Annual report of the Civil Veterinary Department, Bengal, and of the Bengal Veterinary College for the year 1904-1905 - 1904-1905
Year: 1904
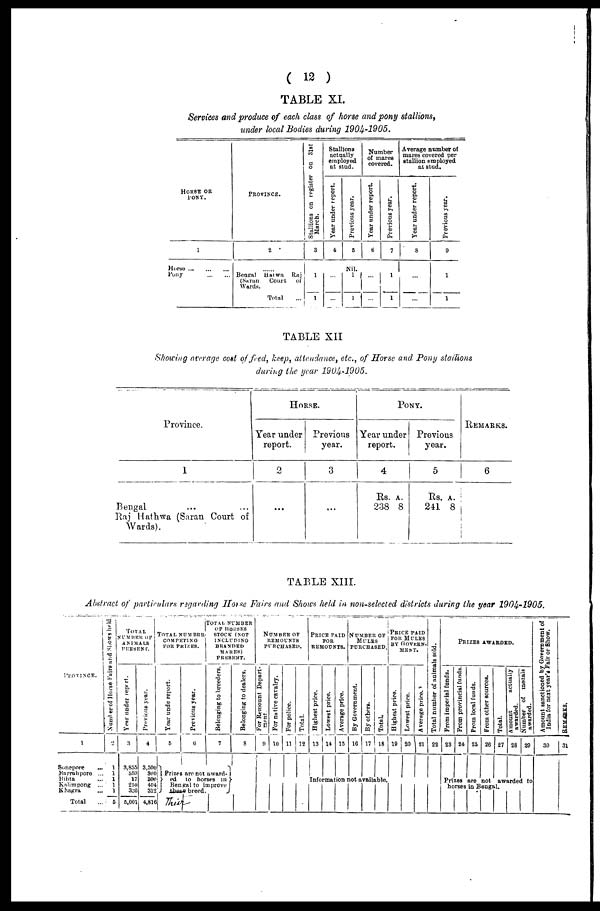
( 12 )
TABLE XI.
Services and produce of each class of horse and pony stallions,
under local Bodies during 1904-1905.
HORSE OR
PONY.
1
Horse
...
...
...
Pony
...
...
PROVINCE.
2
......
Bengal Hatwa
Raj
(Saran
Court
of
Wards.
Total
Stallions on register on 31st
March.
3
1
1
Stallions
actually
employed
at stud.
Year under report.
-
4
...
...
Previous year.
5
Nil.
1
1
Number
of mares
covered.
Year under report.
6
...
...
Previous year.
7
1
1
Average number of
mares covered per
stallion employed
at stud.
Year under report.
8
...
...
Previous year.
9
1
1
TABLE XII
Showing average cost of feed, keep, attendance, etc., of Horse and Pony stallions
during the year 1904-1905.
Province.
1
Bengal ... ...
Raj Hathwa (Saran Court of
Wards).
HORSE.
Year under
report.
2
...
Previous
year.
3
...
PONY.
Year under
report.
4
Rs. A.
238 8
Previous
year.
5
Rs. A.
241 8
REMARKS.
6
TABLE XIII.
Abstract of particulars regarding Horse Fairs and Shows held in non-selected districts during the year 1904-1905.
PROVINCE.
1
Sonepore
...
Barrahpore ...
Bihta ...
Kalimpong ...
Khagra ...
Total ...
Number
of Horse Fairs and Shows held
2
1
1
1
1
1
5
TOTAL
NUMBER
OF
ANIMALS
PRESENT.
Year under report.
3
3,855
559
17
250
320
5,001
Previous year.
4
3,500
300
300
404
311
4,816
TOTAL NUMBRR
COMPETING
FOR PRIZES.
Year unde report.
5
Previous year.
6
TOTAL NUMBER
OF
HORSES
STOCK (NOT
INCLUDING
BRANDED
MARES)
PRESENT.
Belonging to breeders.
7
Prizes are not award-
ed
to horses in
Bengal to improve
Thier
breed.
Belonging to dealers.
8
NUMBER OF
REMOUNTS
PURCHASED.
For Remount; Depart-
ment.
9
For native cavalry.
10
For police.
11
Total.
12
PRICE PAID
FOR
REMOUNTS.
Highest price.
13
Lowest price.
14
Average price.
15
NUMBER OF
MULES
PURCHASED.
By Government.
16
By others.
17
Total.
18
PRICE PAID
FOR MULES
BY GOVERN-
MENT.
Highest price.
19
Information not available.
Lowest price.
20
Average price.
21
Total number of animals sold.
22
From imperial funds.
23
PRIZES AWARDED.
From provincial funds.
24
Prom local funds.
25
From other sources.
26
Total.
27
Amount
actually
awarded.
28
Number of medals
awarded.
29
Prizes are not awarded to
horses in Bengal.
Amount sanctioned by Government of
India for next year's Fair or Show.
30
REMARKS.
31